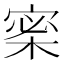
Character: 𡩎